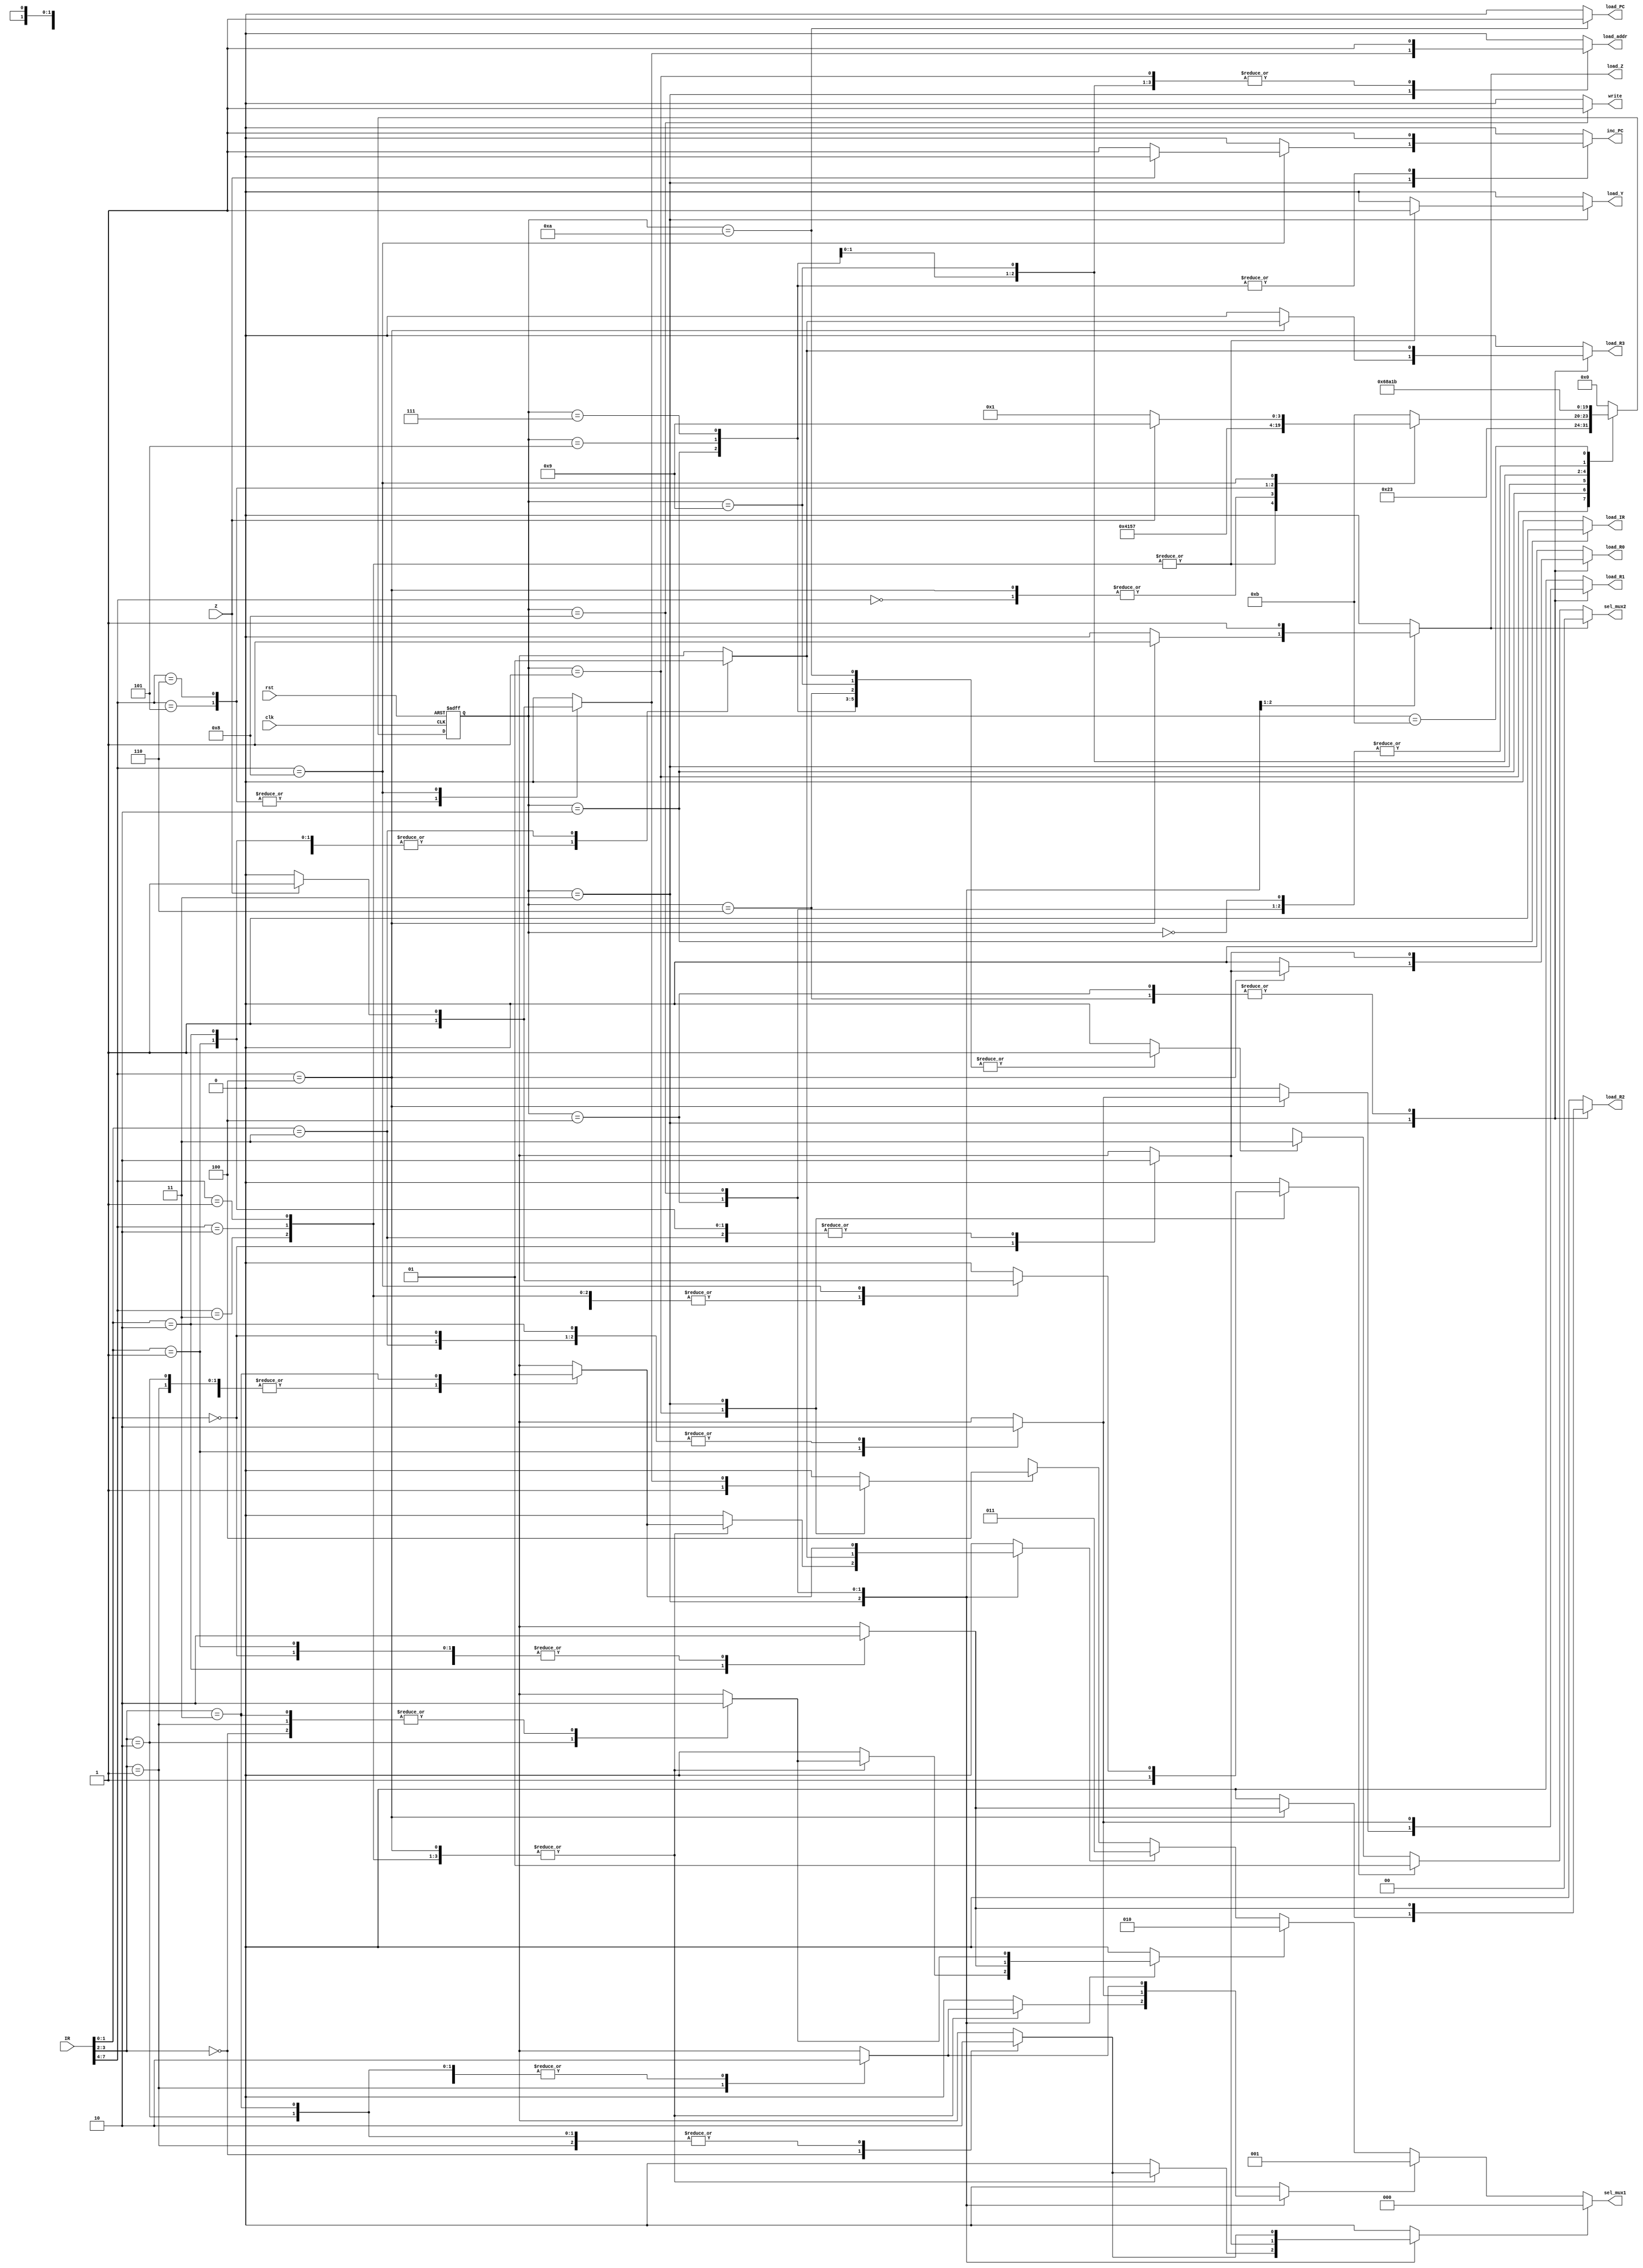

module cpu_controller(output reg load_R0,load_R1,load_R2,load_R3,load_PC,inc_PC,load_IR,load_Y,load_Z,load_addr,write,
                      output [2:0] sel_mux1,
                      output [1:0] sel_mux2,
							 input  [7:0] IR,
							 input  Z,clk,rst    );


localparam idle = 0,
           fet1 = 1,
			  fet2 = 2,
			  dec  = 3,
			  exe  = 4,
			  rd1  = 5,
			  rd2  = 6,
			  wr1  = 7,
			  wr2  = 8,
			  br1  = 9,
			  br2  = 10,
			  halt = 11;
			  
localparam NOP = 0,
           ADD = 1,
			  SUB = 2,
			  AND = 3,
			  NOT = 4,
			  RD  = 5,
			  WR  = 6,
			  BR  = 7,
			  BRZ = 8;
			  
localparam R0 = 0,
           R1 = 1,
			  R2 = 2,
			  R3 = 3;
			  
reg [3:0] state,next_state;
reg sel_alu,sel_bus1,sel_mem;
reg sel_R0,sel_R1,sel_R2,sel_R3,sel_PC;
reg err_flag;
wire [3:0] opcode = IR[7:4];
wire [1:0] src = IR[3:2];
wire [1:0] dest = IR[1:0];


assign sel_mux1 = sel_R0 ? 0:
                  sel_R1 ? 1:
						sel_R2 ? 2:
						sel_R3 ? 3:
						sel_PC ? 4:3'bx;
assign sel_mux2 = sel_alu ? 0:
                  sel_bus1 ? 1:
						sel_mem ? 3:2'bx;
						
						
always@(posedge clk,negedge rst) begin : State_transtitions
if(rst==0) state <= idle; else state <= next_state; end

always@(*) begin 
sel_R0 = 0;sel_R1 = 0;sel_R2 = 0;sel_R3 = 0;sel_PC = 0;
load_R0 = 0;load_R1 = 0;load_R2 = 0;load_R3 = 0;load_PC = 0;
load_IR = 0;load_Y = 0; load_Z = 0;load_addr = 0;
inc_PC = 0;
sel_bus1 = 0;
sel_alu = 0;
sel_mem = 0;
write = 0;
err_flag = 0;

next_state = state;
case(state) 
             idle : next_state = fet1;
				 fet1 : begin
				        next_state = fet2;
						  sel_PC = 1;
						  sel_bus1 = 1;
						  load_addr = 1;
						  end
				 fet2 : begin 
				        next_state = dec;
						  sel_mem = 1;
						  load_IR = 1;
						  inc_PC = 1;
						  end
				 dec  : begin
				        case(opcode) 
						               NOP : next_state = fet1;
											ADD,SUB,AND : begin 
											              next_state = exe;
															  sel_bus1 = 1;
															  load_Y = 1;
															  case(src) 
															           R0 : sel_R0 = 1;
																		  R1 : sel_R1 = 1;
																		  R2 : sel_R2 = 1;
																		  R3 : sel_R3 = 1;
																	default : err_flag = 1;
																endcase
																end // ADD,SUB,AND
											NOT : begin 
											      next_state = fet1;
													load_Z = 1;
													sel_alu = 1;
                                       case(src) 
															    R0 : sel_R0 = 1;
																 R1 : sel_R1 = 1;
																 R2 : sel_R2 = 1;
																 R3 : sel_R3 = 1;
														  default : err_flag = 1;
													 endcase
													 case(dest) 
															    R0 : load_R0 = 1;
																 R1 : load_R1 = 1;
																 R2 : load_R2 = 1;
																 R3 : load_R3 = 1;
														  default : err_flag = 1;
													 endcase
													 end // NOT
											RD : begin 
											     next_state = rd1;
												  sel_PC = 1;
												  sel_bus1 = 1;
												  load_addr = 1;
												  end
											WR : begin
										        next_state = wr1;
												  sel_PC = 1;
												  sel_bus1 = 1;
												  load_addr = 1;
												  end
											BRZ: if(Z) begin
											     next_state = br1;
												  sel_PC = 1;
												  sel_bus1 = 1;
												  load_addr = 1;
												  end
												  else begin
												  next_state = fet1;
												  inc_PC = 1;
												  end
										default: next_state = halt;
								endcase
								end
				exe: begin
					  next_state = fet1;
					  load_Z = 1;
					  sel_alu = 1;
					  case(dest)
							R0 : begin sel_R0 = 1;load_R0 = 1; end
							R1 : begin sel_R1 = 1;load_R1 = 1; end
							R2 : begin sel_R2 = 1;load_R2 = 1; end
							R3 : begin sel_R3 = 1;load_R3 = 1; end
							default : err_flag = 1;
						endcase
						end
				 rd1: begin
						next_state = rd2;
						sel_mem = 1;
						load_addr = 1;
						inc_PC = 1;
						end
				 wr1: begin
						next_state = wr2;
						sel_mem = 1;
						load_addr = 1;
						inc_PC = 1;
						end	
				 rd2: begin
						next_state = fet1;
						sel_mem = 1;
						case(dest) 
									 R0 : load_R0 = 1;
									 R1 : load_R1 = 1;
									 R2 : load_R2 = 1;
									 R3 : load_R3 = 1;
							  default : err_flag = 1;
						 endcase
						 end
				 wr2: begin
						next_state = fet1;
						write = 1;
						case(src) 
									 R0 : sel_R0 = 1;
									 R1 : sel_R1 = 1;
									 R2 : sel_R2 = 1;
									 R3 : sel_R3 = 1;
							  default : err_flag = 1;
						 endcase
						 end
				 br1: begin
						next_state = br2;
						sel_mem = 1;
						load_addr = 1;
						end
				 br2: begin
						next_state = fet1;
						load_PC = 1;
						sel_mem = 1;
						end
				halt: next_state = halt;
			default: next_state = idle;
endcase
		end

endmodule